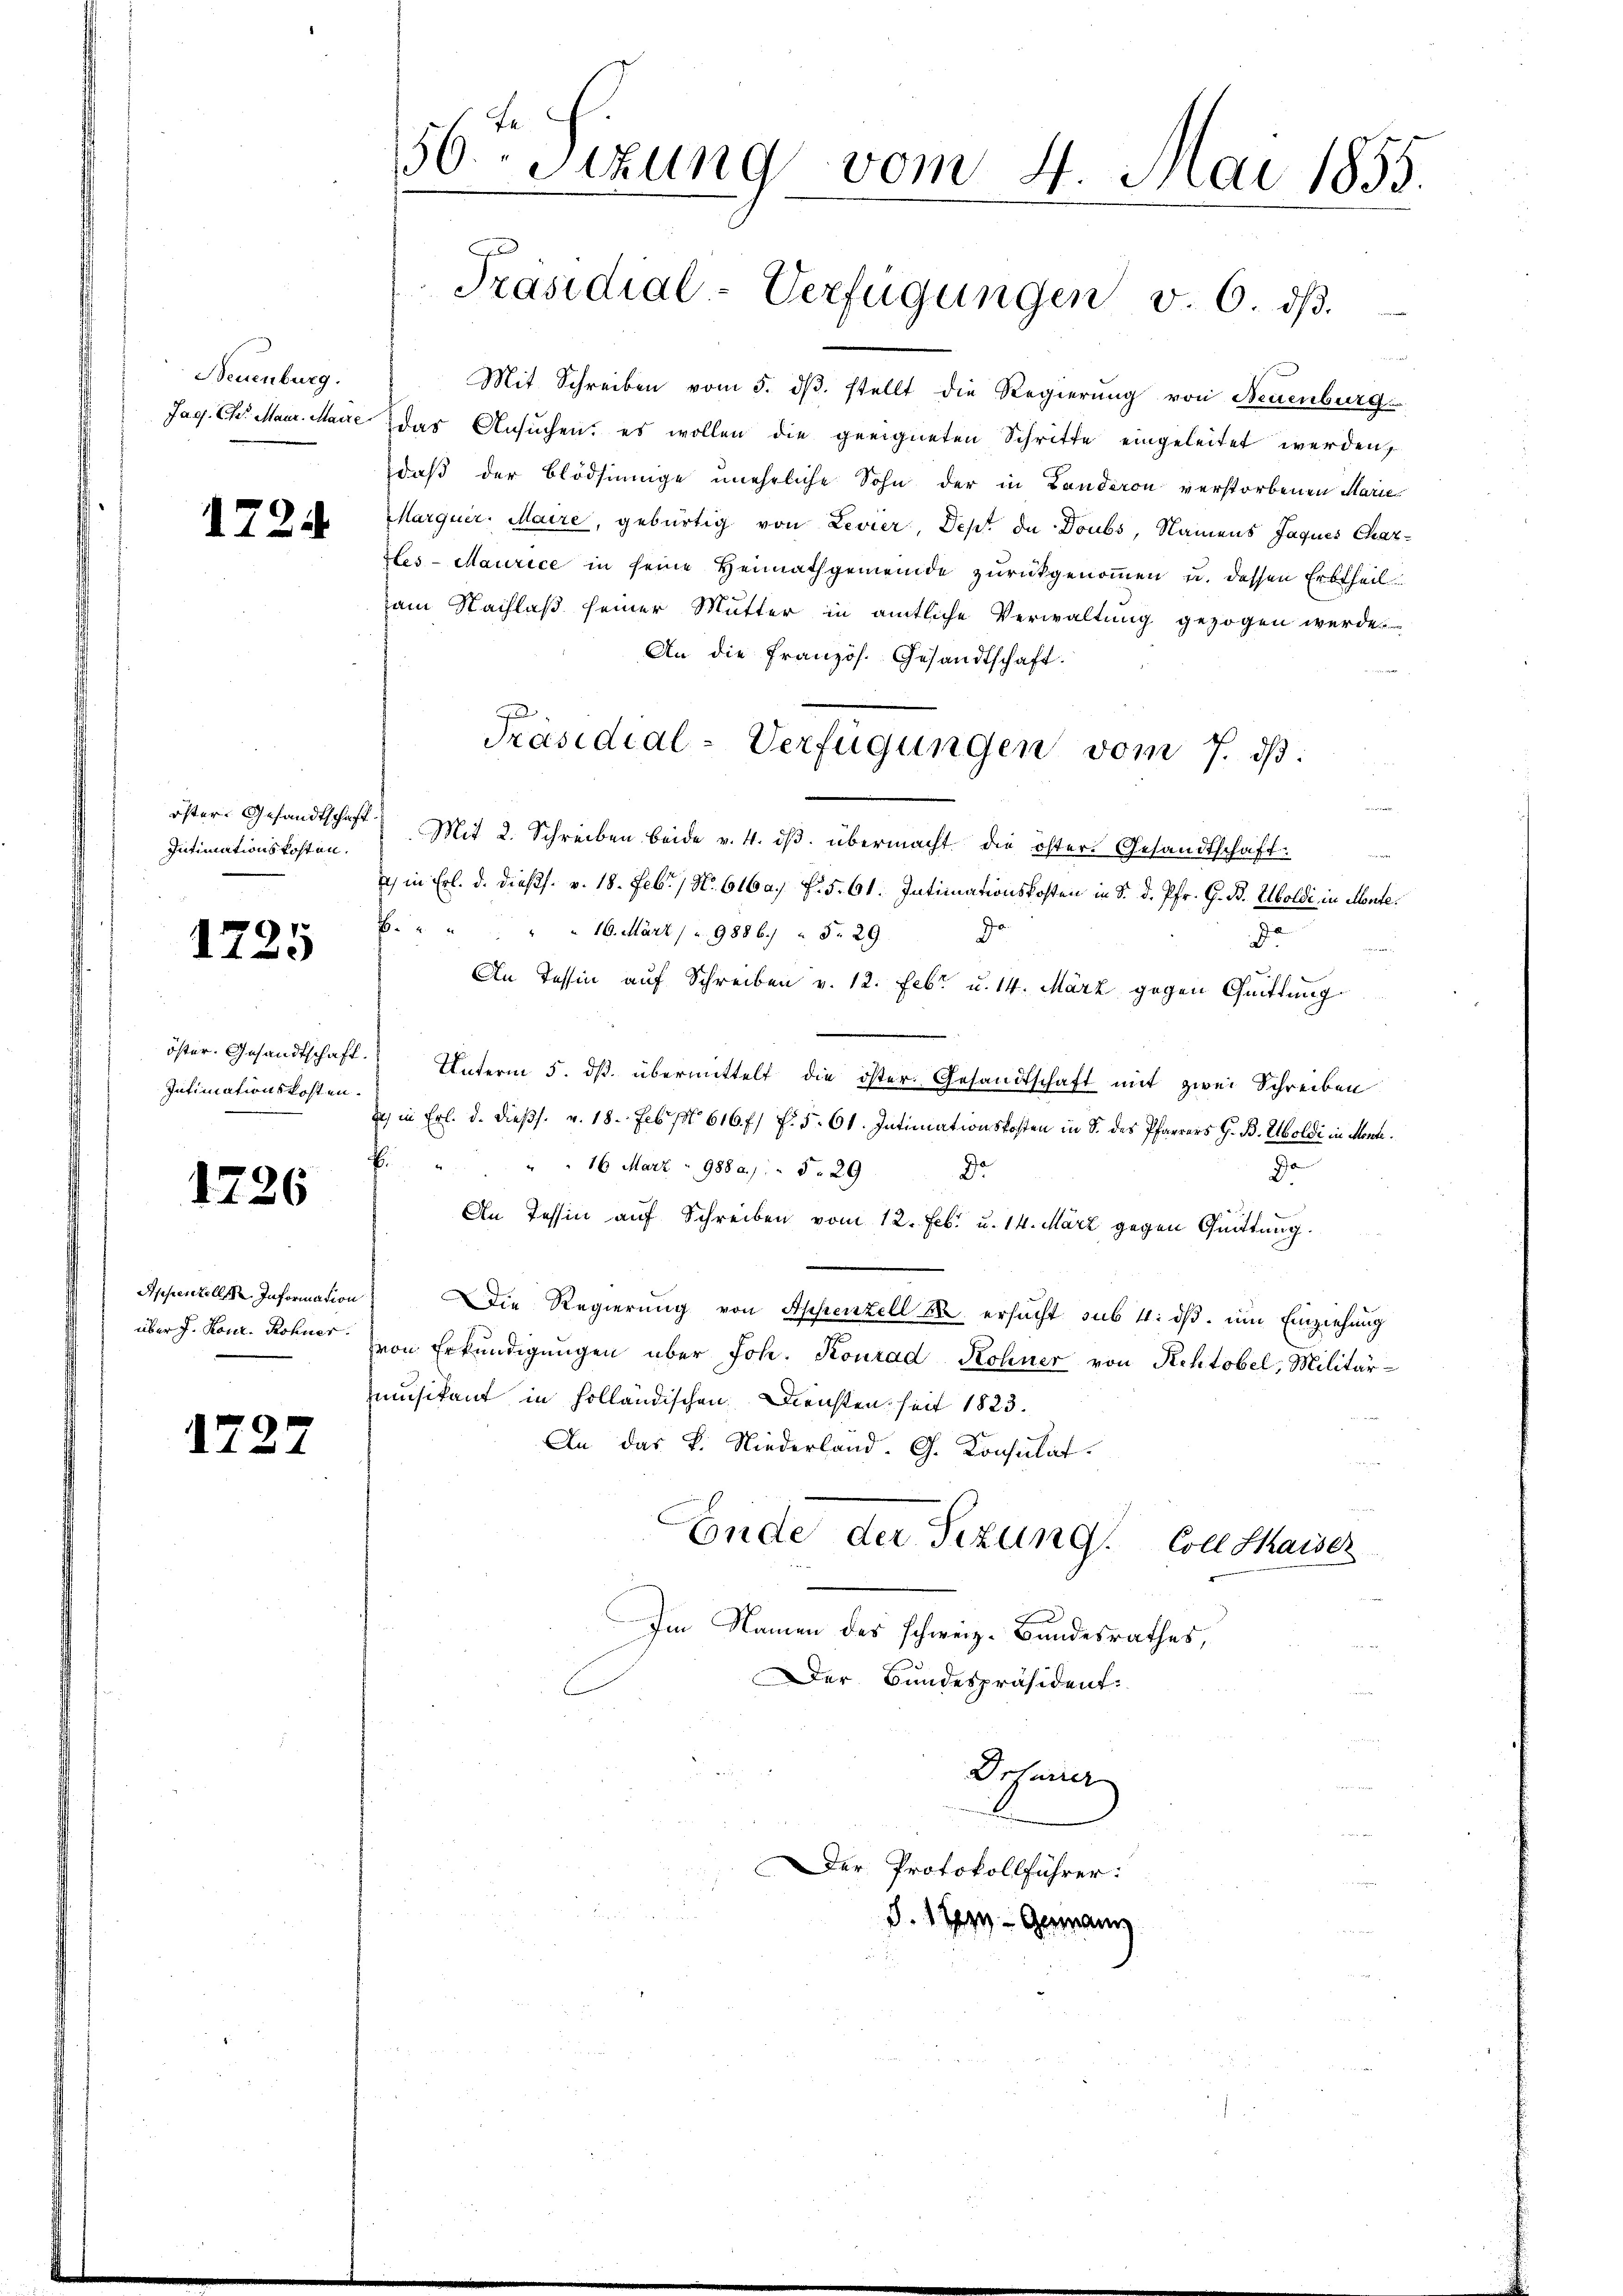
Neuenburg.
Jag. Chr. Maur. Maire

1724

öster Gesandtschaft
Intimationskosten.

1725

öster. Gesandtschaft
Intimationskosten.

1726

Appenzell. Information
über J. Konr. Rohner.

172

56ten Sizung vom 4. Mai 1855.

Präsidial-Verfügungen v. 6. dβ.

Mit Schreiben vom 5. dβ. stellt die Regierung von Neuenburg
das Ansuchen, es wollen die geeigneten Schritte eingeleitet werden,
daß der Blödsinnige uneheliche Sohn der in Landeron verstorbenen Marie
Marquer. Maire, gebürtig von Levier, Dept de Doubs, Namens Jaques Chares-Maurice in seine Heimathgemeinde zurückgenommen u. dessen Erbtheilam Nachlaß seiner Mutter in amtliche Verwaltung gezogen werde
An die Französ. Gesandtschaft.
 Mit 2. Schreiben beide v. 4. dβ. übermacht die öster Gesandtschaft:
) in Erl. d. dießs. v. 18. Febr. / N. 616 f. 5. 61. Intimationskosten in S. d. Pfr. G. B. Soldi in Monte¬
. " " " " " 16. März /" 9886. " Fr. 29. Ja
Ja
An Tessin auf Schreiben v. 12. Febr. u. 14. März gegen Quittung
Unterm 5. ds. übermittelt die öster Gesandtschaft mit zwei Schreiben
u) in Frl. d. dießs. v. 18. Febr. pr 616 f: 5. 61. Intimationskosten in S. des Pfarrers G. B. Uboldi in Mente.
B. " " " 16 März - 988 a.) " 5. 29 Ja
Da
An Tessin auf Schreiben vom 12. Feb. u. 14. März gegen Quittung.
Die Regierung von Appenzell M. ersucht sub 4: dß. um Einziehung
von Erkundigungen über Joh. Konrad Rohner von Rehtobel, Militär-
musikant in holländischen Diensten seit 1823.
An das K. Niederland. G. Konsulat
Ende der Sezung Coll Shaiser
Im Namen des schweiz. Bundesrathes,
Der Bundespräsident:

Präsidial-Verfügungen vom 7. ds.

Drtaner
Der Protokollführer:
S.1 Sy- Gemein